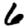
Digit: 6